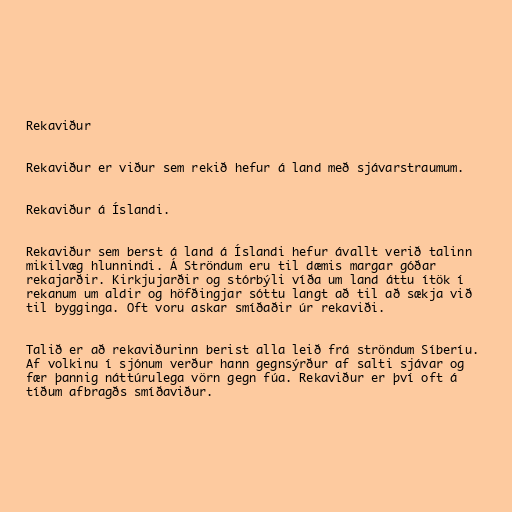
Rekaviður

Rekaviður er viður sem rekið hefur á land með sjávarstraumum.

Rekaviður á Íslandi.

Rekaviður sem berst á land á Íslandi hefur ávallt verið talinn
mikilvæg hlunnindi. Á Ströndum eru til dæmis margar góðar
rekajarðir. Kirkjujarðir og stórbýli víða um land áttu ítök í
rekanum um aldir og höfðingjar sóttu langt að til að sækja við
til bygginga. Oft voru askar smíðaðir úr rekaviði.

Talið er að rekaviðurinn berist alla leið frá ströndum Síberíu.
Af volkinu í sjónum verður hann gegnsýrður af salti sjávar og
fær þannig náttúrulega vörn gegn fúa. Rekaviður er því oft á
tíðum afbragðs smíðaviður.